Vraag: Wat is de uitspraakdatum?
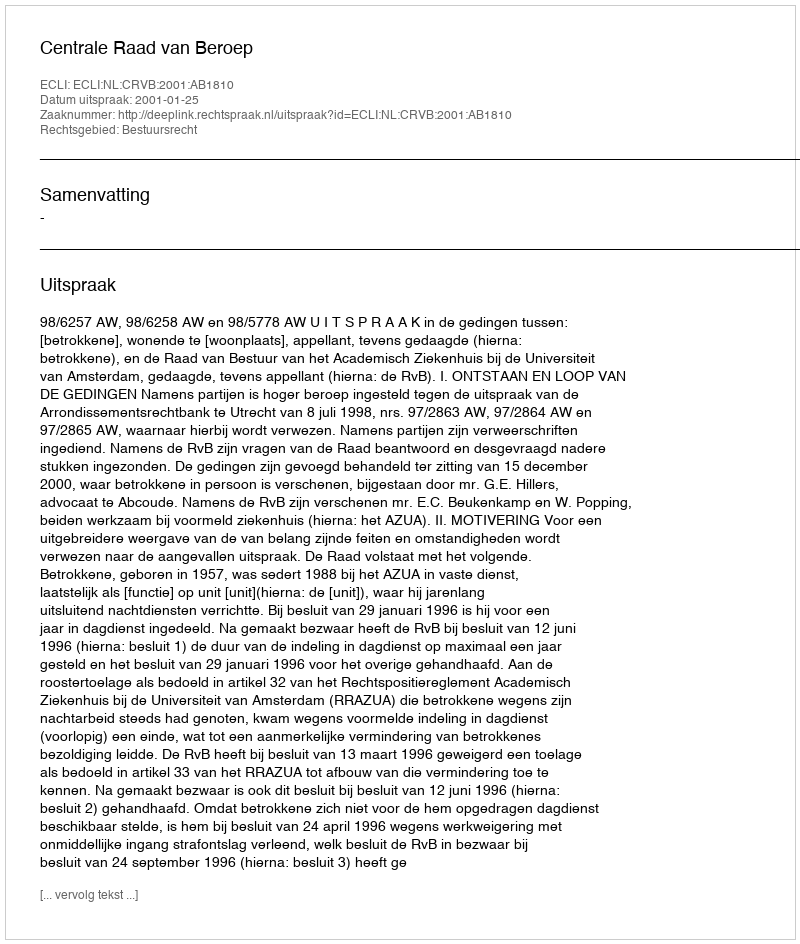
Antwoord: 2001-01-25